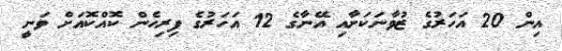
އިން 20 އަހަރުގެ ޒުވާނަކަށާއި އޭނާގެ 12 އަހަރުގެ ފިރިހެން ކޮއްކޮއަށް ވަނީ